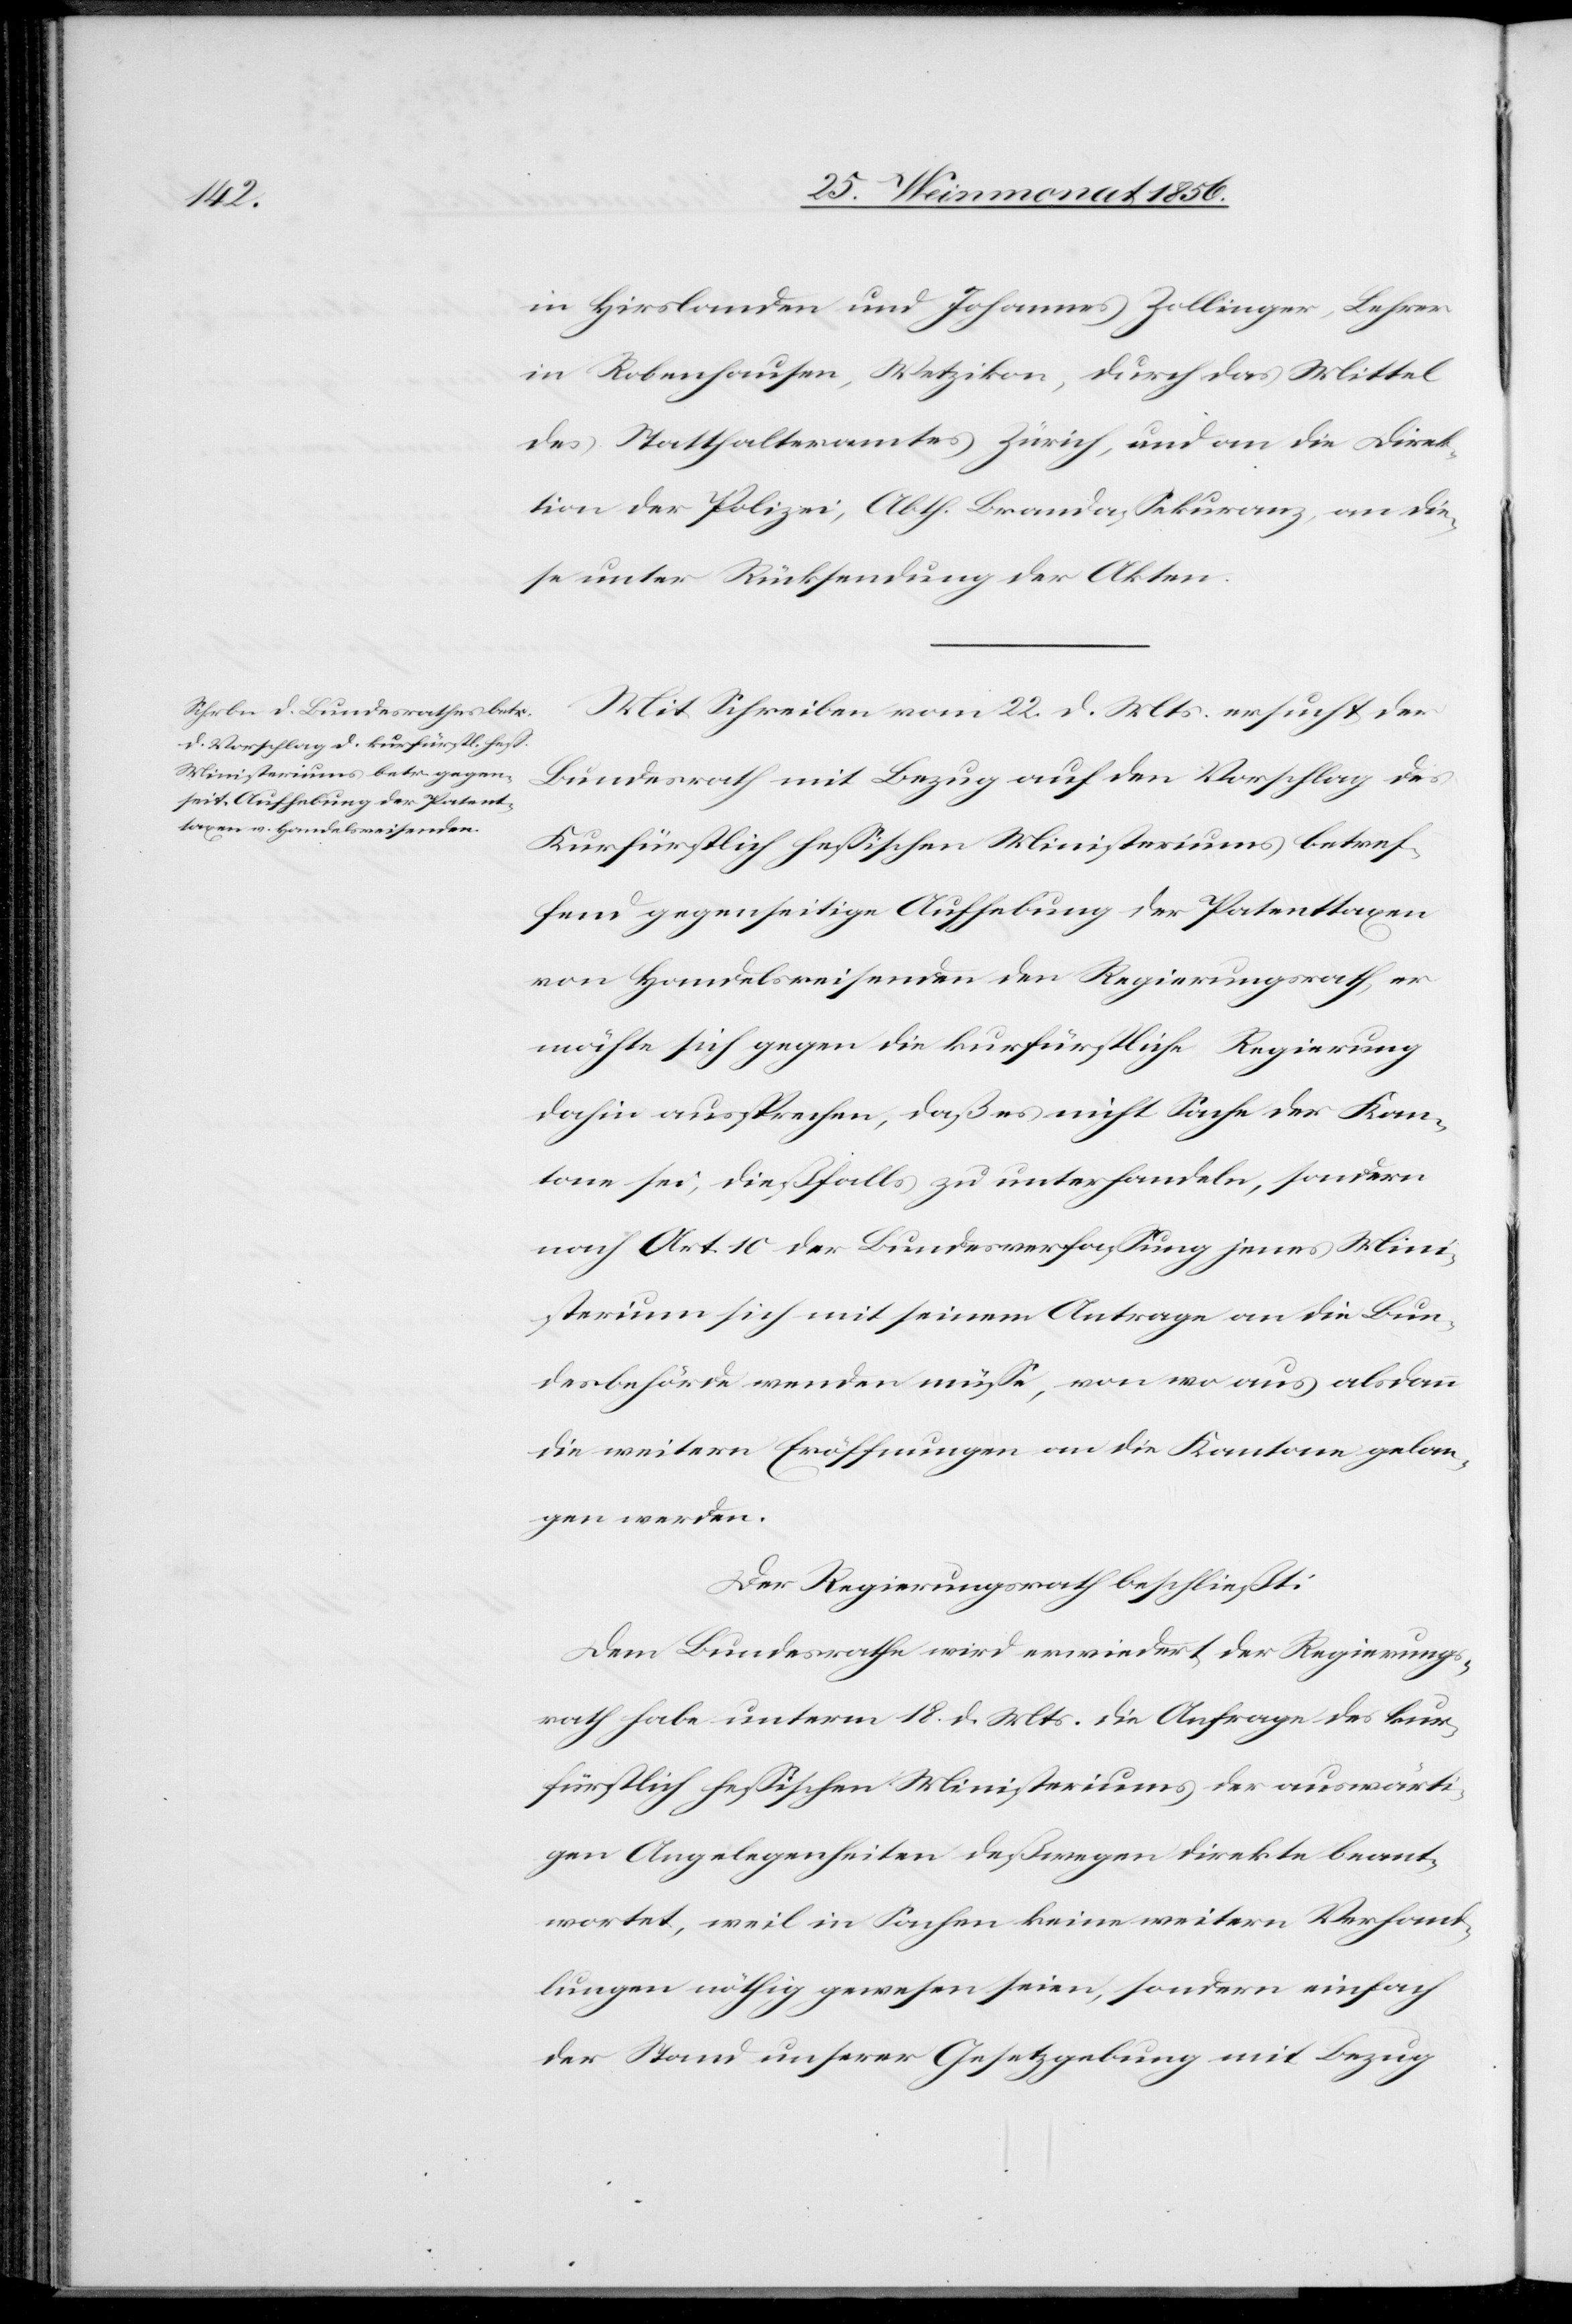
in Hirslanden und Johannes Zollinger, Lehrer
in Robenhausen, Wetzikon, durch das Mittel
des Statthalteramtes Zürich, und an die Direk¬
tion der Polizei, Abth. Brandassekuranz, an die¬
se unter Rücksendung der Akten.
Mit Schreiben vom 22. d. Mts. ersucht der
Bundesrath mit Bezug auf den Vorschlag des
Kurfürstlich hessischen Ministeriums betref¬
fend gegenseitige Aufhebung der Patenttaxen
von Handelsreisenden den Regierungsrath, er
möchte sich gegen die kurfürstliche Regierung
dahin aussprechen, daß es nicht Sache der Kan¬
tone sei, dießfalls zu unterhandeln, sondern
nach Art. 10 der Bundesverfassung jenes Mini¬
sterium sich mit seinem Antrage an die Bun¬
desbehörde wenden müsse, von wo aus alsdann
die weitern Eröffnungen an die Kantone gelan¬
gen werden.
Der Regierungsrath beschließt:
Dem Bundesrathe wird erwiedert der Regierungs¬
rath habe unterm 18. d. Mts. die Anfrage des kur¬
fürstlich hessischen Ministeriums der auswärti¬
gen Angelegenheiten deßwegen direkte beant¬
wortet, weil in Sachen keine weitern Verhand¬
lungen nöthig gewesen seien, sondern einfach
der Stand unserer Gesetzgebung mit Bezug